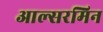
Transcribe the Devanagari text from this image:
आल्सरमिन